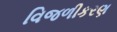
વિજળીકરણ